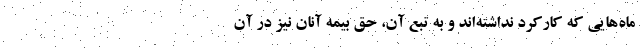
ماه‌هایی که کارکرد نداشته‌اند و به تبع آن، حق بیمه آنان نیز در آن